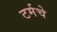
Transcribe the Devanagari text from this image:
टर्मचे